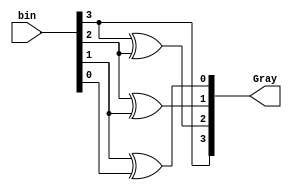
`timescale 1ns / 1ps
//////////////////////////////////////////////////////////////////////////////////
// Company: 
// Engineer: 
// 
// Design Name: 
// Module Name: binary_to_gray
// Project Name: 
// Target Devices: 
// Tool Versions: 
// Description: 
// 
// Dependencies: 
// 
// Revision:
// Revision 0.01 - File Created
// Additional Comments:
// 
//////////////////////////////////////////////////////////////////////////////////


module binary_to_gray(input [0:3] bin, output [0:3] Gray);
    
assign Gray[0] = bin[0];
assign Gray[1] = bin[0] ^ bin[1];
assign Gray[2] = bin[1] ^ bin[2];
assign Gray[3] = bin[2] ^ bin[3];

endmodule